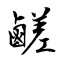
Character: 鹺